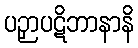
ပဉှာပဋိဘာနာနိ